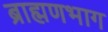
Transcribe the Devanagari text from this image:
ब्राह्मणभाग